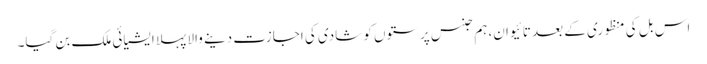
اس بل کی منظوری کے بعد تائیوان، ہم جنس پرستوں کو شادی کی اجازت دینے والا پہلا ایشیائی ملک بن گیا۔